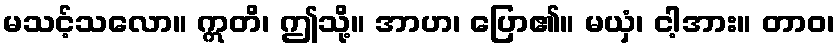
မသင့်သလော။ ဣတိ၊ ဤသို့။ အာဟ၊ ပြော၏။ မယှံ၊ ငါ့အား။ တာဝ၊